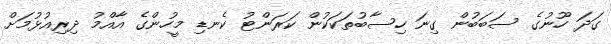
ގަދަ ހޫނުގެ ސަބަބުން ގިނަ ހިސާބުތަކަކުން ކަރަންޓު ކެނޑި މީހުންގެ އާއްމު ދިރިއުޅުމަށް